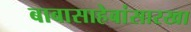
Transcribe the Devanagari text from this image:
बाबासाहेबांसारखा